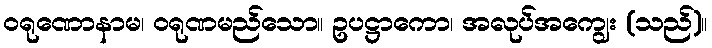
ဝရုဏောနာမ၊ ဝရုဏမည်သော။ ဥပဋ္ဌာကော၊ အလုပ်အကျွေး (သည်)။